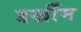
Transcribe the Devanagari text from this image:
डर्खीम